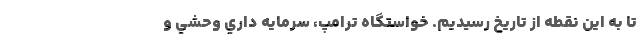
تا به اين نقطه از تاريخ رسيديم. خواستگاه ترامپ، سرمايه داري وحشي و